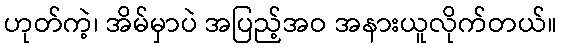
ဟုတ်ကဲ့၊ အိမ်မှာပဲ အပြည့်အဝ အနားယူလိုက်တယ်။